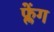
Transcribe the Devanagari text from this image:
फ्लेंग